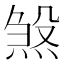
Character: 𪹉